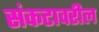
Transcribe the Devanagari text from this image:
संकटावरील